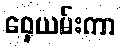
ဝှေ့ယမ်းကာ